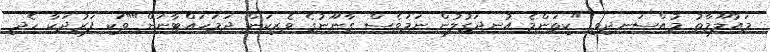
މައުލޫމާތު މުއްސަނދިވި "ކިތަންމެ އުނދަގުލުން ނަމަވެސް ގާނޫނުގެ ވެރިކަން ދަމަހައްޓާނަން""ވަކި ފަރުދަކާ ހެދި